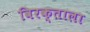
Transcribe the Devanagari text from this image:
विरक्ताला